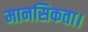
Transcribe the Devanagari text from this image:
मानसिकता।